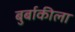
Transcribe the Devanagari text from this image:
बुर्बाकीला